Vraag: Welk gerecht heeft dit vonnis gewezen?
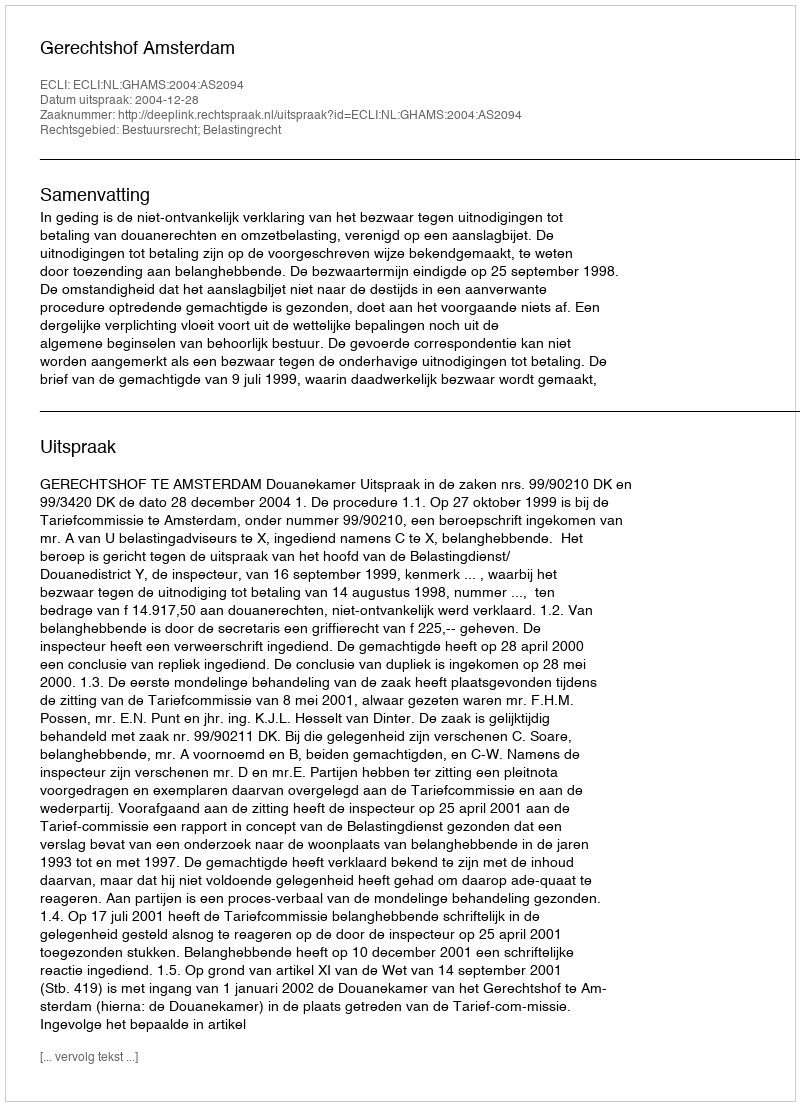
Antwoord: Gerechtshof Amsterdam